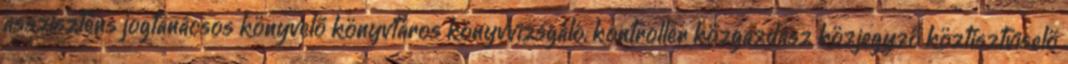
asszisztens jogtanácsos könyvelő könyvtáros könyvvizsgáló, kontroller közgazdász közjegyző köztisztviselő